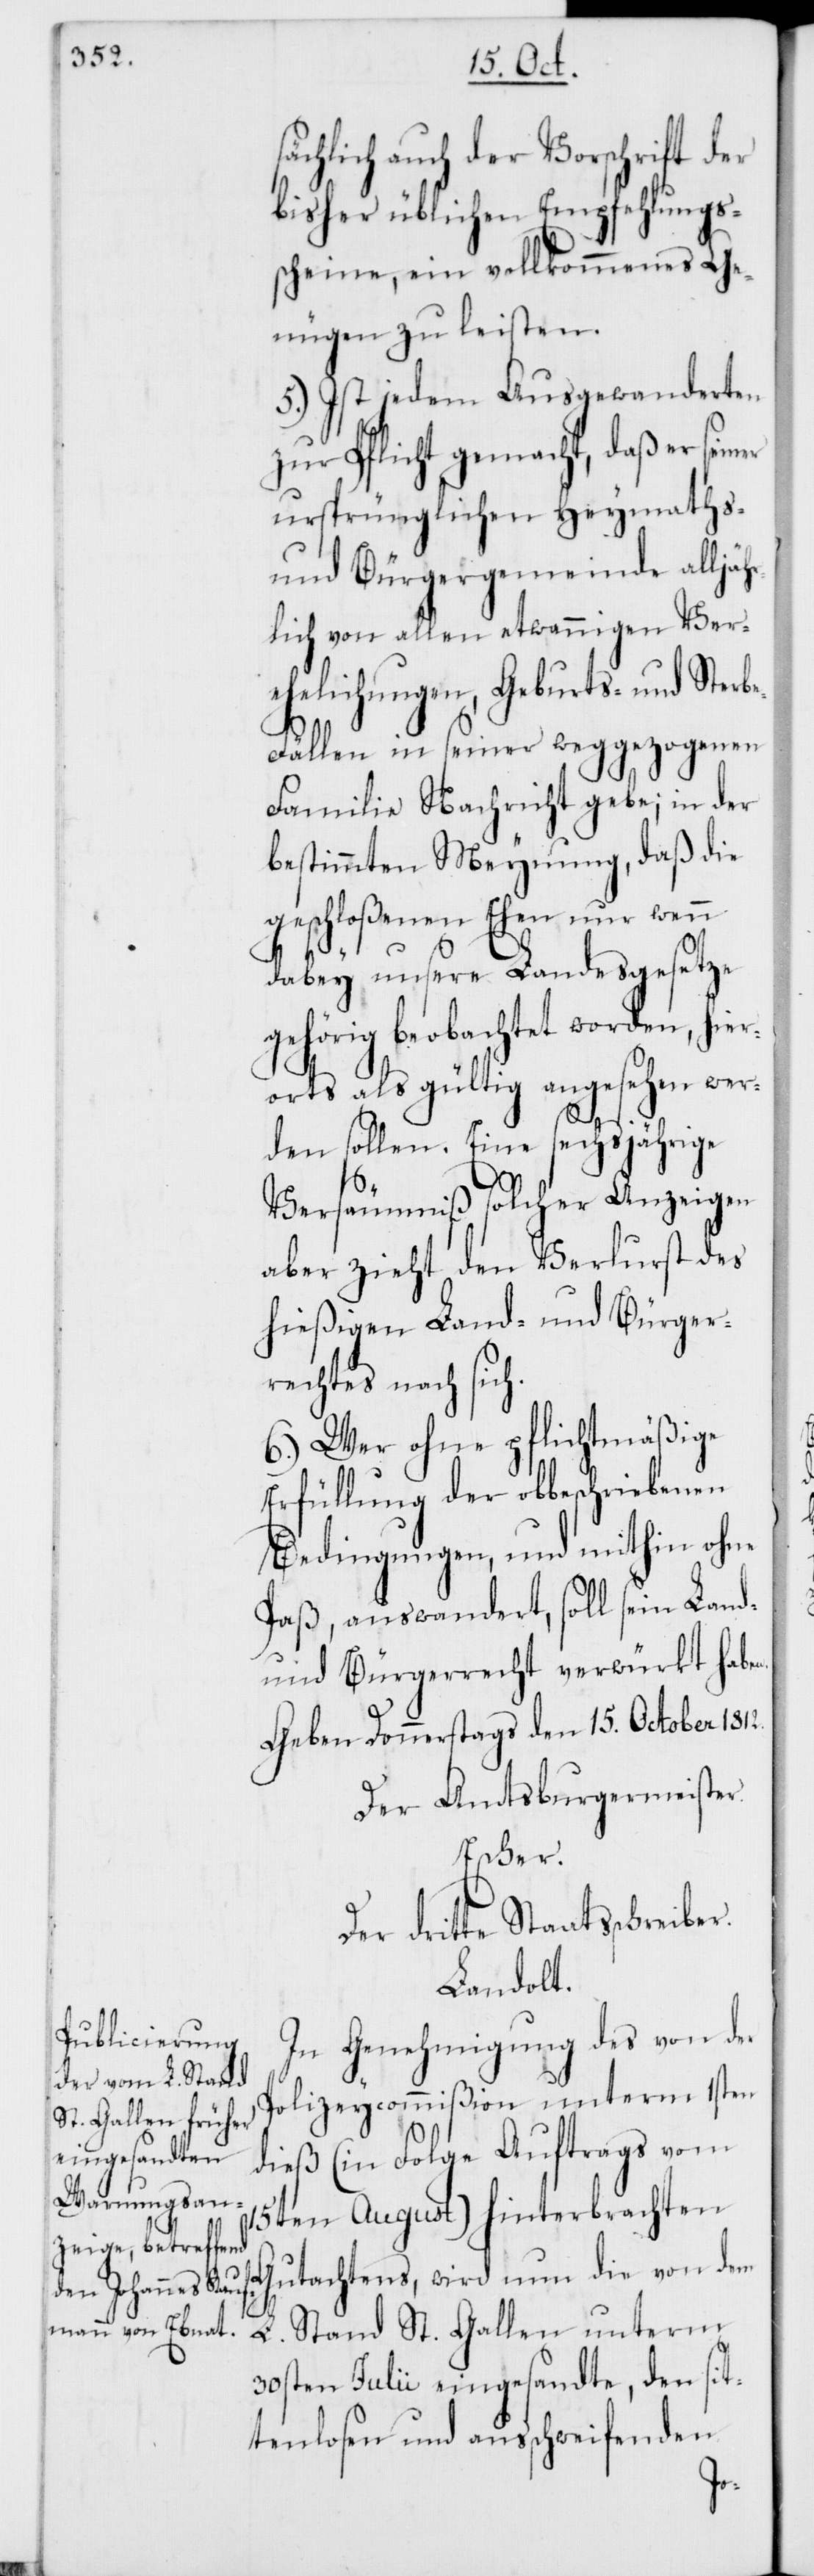
sächlich auch der Vorschrift der
bisher üblichen Empfehlungs¬
scheine, ein vollkommenes Ge¬
nügen zu leisten.
5.) Ist jedem Ausgewandereten
zur Pflicht gemacht, daß er seiner
ursprünglichen Heymaths-
und Bürgergemeinde alljäh¬
rlich von allen etwannigen Ver¬
ehelichungen, Geburts- und Sterb¬
e-Fällen in seiner weggezogenen
Familie Nachricht gebe; in der
bestimmten Meynung, daß die
geschloßenen Ehen nur wenn
dabey unsere Landesgesetze
gehörig beobachtet worden, hie¬
rorts als gültig angesehen wer¬
den sollen. Eine sechsjährige
Versäumniß solcher Anzeigen
aber zieht den Verlust des
hießigen Land- und Bürger¬
rechts nach sich.
6.) Wer ohne pflichtmäßige
Erfüllung der obbeschriebenen
Bedingungen, und mithin ohne
Paß, auswandert, soll sein Land-
und Bürgerrecht verwürkt habe¬
Geben Donnerstags den 15. October 1812.
Der Amtsburgermeister.
Escher.
Der dritte Staatsschreiber.
Landolt.
In Genehmigung des von der
Polizeycommißion unterm 1sten
dieß (in Folge Auftrags vom
15ten August) hinterbrachten
Gutachtens, wird nun die von dem
L. Stand St. Gallen unterm
30sten Julii eingesandte, den sit¬
tenlosen und ausschweifenden
n.